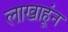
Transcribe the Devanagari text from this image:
लाखाहूंन